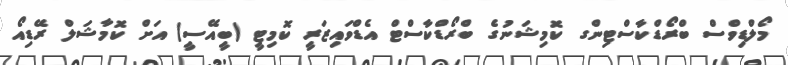
މޯލްޑިވްސް ބްރޯޑްކާސްޓިންގ ކޮމިޝަނުގެ ބްރޯޑްކާސްޓް އެޑްވައިޒަރީ ކޮމިޓީ (ބީއޭސީ) އަށް ކޮމާޝަލް ރޭޑިއޯ